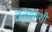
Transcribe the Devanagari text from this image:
तळापाशी